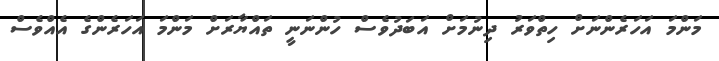
މަންމަ އަހަރެންނަށް ހިތްވަރު ދިނުމަށް އަބަދުވެސް ހުންނަނީ ތައްޔާރަށް މަންމަ އަހަރެންގެ އެއްވެސް